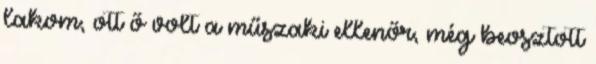
lakom, ott ő volt a műszaki ellenőr, még beosztott